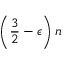
\left( { \frac { 3 } { 2 } } - \epsilon \right) n